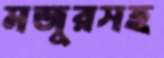
মজুরসহ